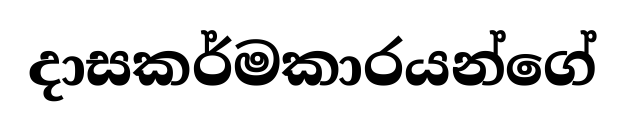
දාසකර්මකාරයන්ගේ